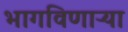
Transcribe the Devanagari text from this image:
भागविणाऱ्या